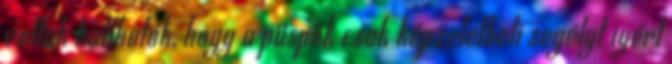
voltak hallhatók, hogy a püspök csak képzeletbeli segélyt igért